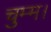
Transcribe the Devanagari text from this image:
चुम्म।